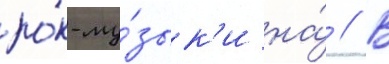
ро́к-му́зык'и на́ // В